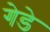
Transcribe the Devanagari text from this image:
गेडे